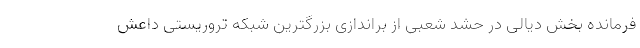
فرمانده بخش دیالی در حشد شعبی از براندازی بزرگترین شبکه تروریستی داعش